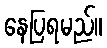
နေပြရမည်။